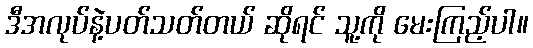
ဒီအလုပ်နဲ့ပတ်သတ်တယ် ဆိုရင် သူ့ကို မေးကြည့်ပါ။